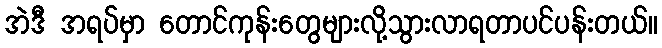
အဲဒီ အရပ်မှာ တောင်ကုန်းတွေများလို့သွားလာရတာပင်ပန်းတယ်။